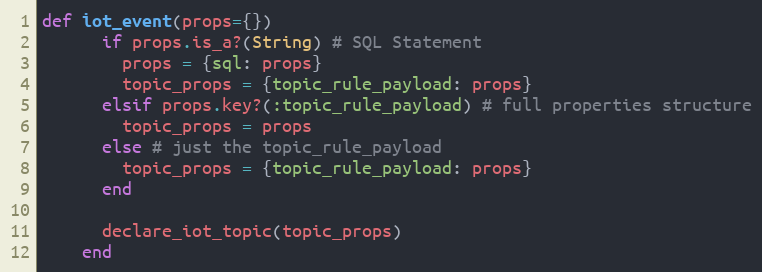
Language: Ruby
def iot_event(props={})
      if props.is_a?(String) # SQL Statement
        props = {sql: props}
        topic_props = {topic_rule_payload: props}
      elsif props.key?(:topic_rule_payload) # full properties structure
        topic_props = props
      else # just the topic_rule_payload
        topic_props = {topic_rule_payload: props}
      end

      declare_iot_topic(topic_props)
    end